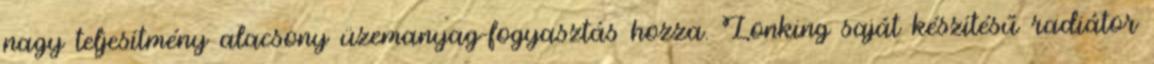
nagy teljesítmény alacsony üzemanyag-fogyasztás hozza. Lonking saját készítésű radiátor